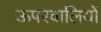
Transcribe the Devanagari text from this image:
ऊपरवालियों